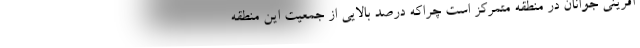
آفرینی جوانان در منطقه متمرکز است چراکه درصد بالایی از جمعیت این منطقه